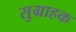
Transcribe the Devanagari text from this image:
सुग्राहक